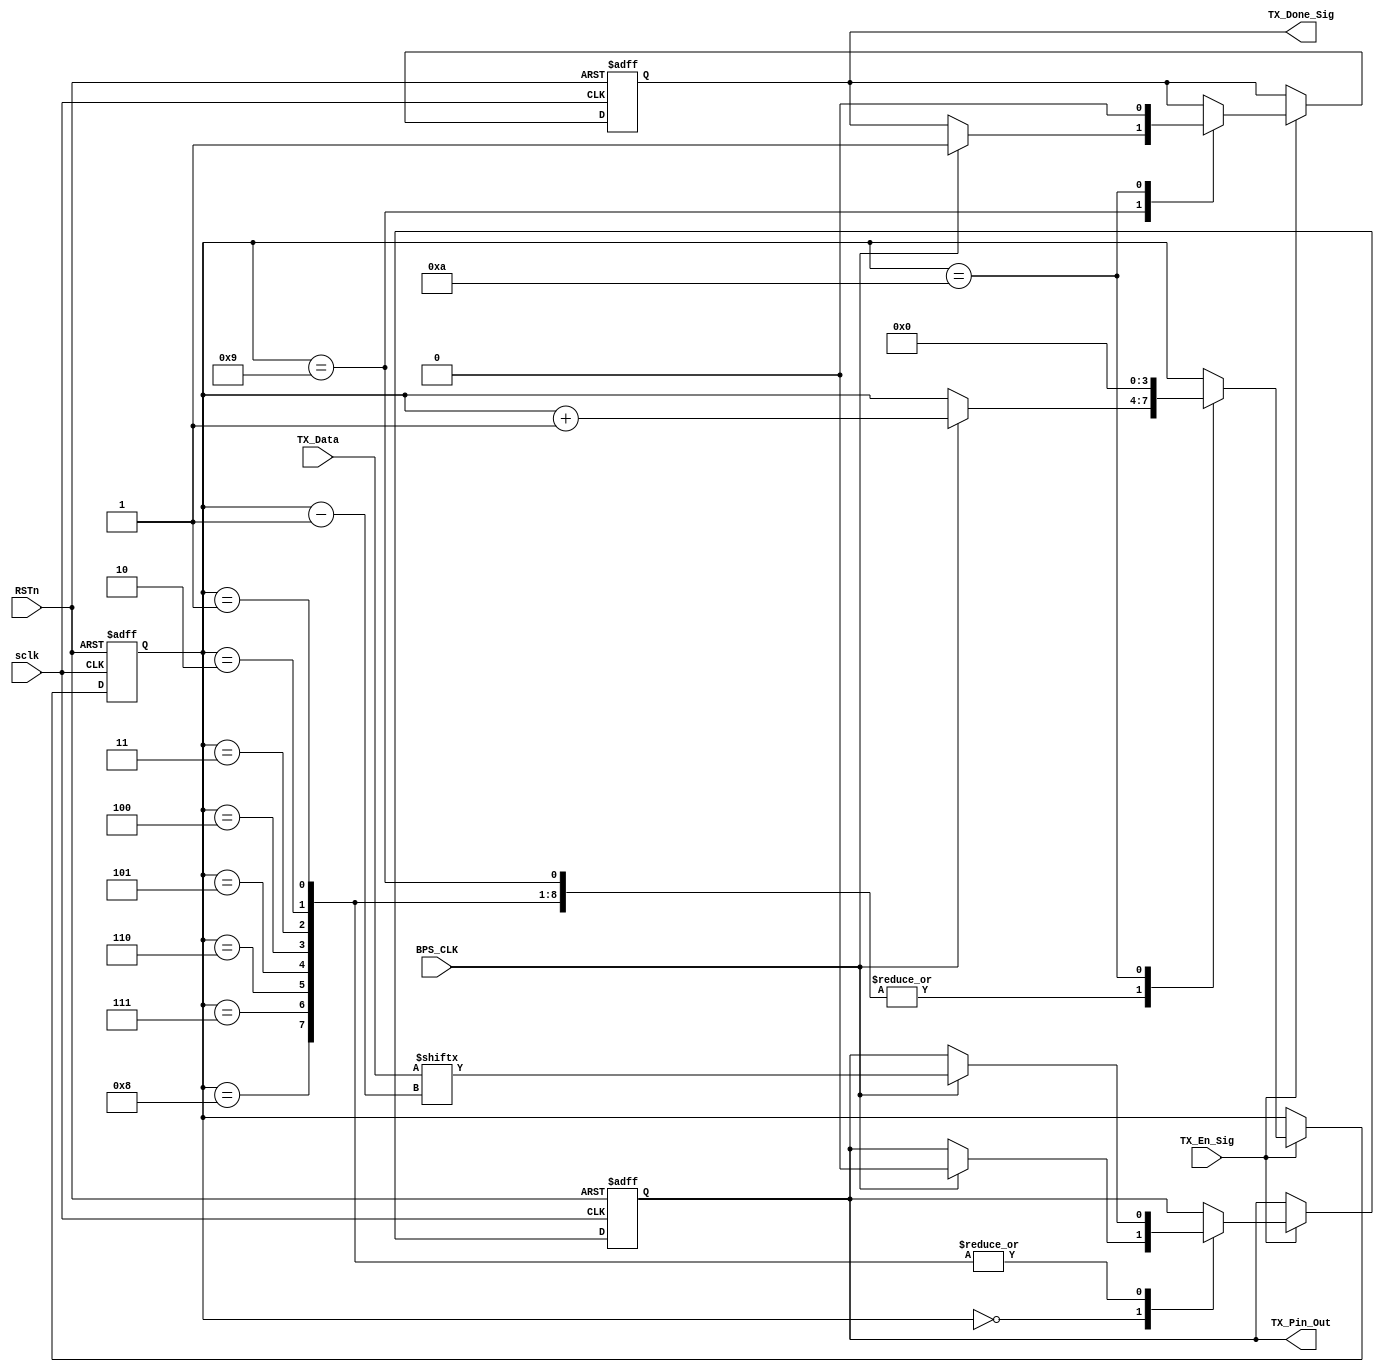
`timescale 1ns / 1ps
//////////////////////////////////////////////////////////////////////////////////
// Company: 
// Engineer: 
// 
// Design Name: 
// Module Name: tx_control_module
// Project Name: 
// Target Devices: 
// Tool Versions: 
// Description: 
// 
// Dependencies: 
// 
// Revision:
// Revision 0.01 - File Created
// Additional Comments:
// 
//////////////////////////////////////////////////////////////////////////////////


//sent 8bits
module tx_control_module
(
    sclk,
    RSTn,
    TX_En_Sig, 
    TX_Data, 
    BPS_CLK, 
    TX_Done_Sig, 
    TX_Pin_Out
     
);

    input sclk;
    input RSTn;
     
    input TX_En_Sig;
    input [7:0]TX_Data;
    input BPS_CLK;
     
    output TX_Done_Sig;
    output TX_Pin_Out;
     
     /********************************************************/

     reg [3:0]i;
     reg rTX;
     reg isDone;
    
     always @ ( posedge sclk or negedge RSTn )
         if( !RSTn )
              begin
                i           <= 4'd0;
                rTX         <= 1'b1;
                isDone      <= 1'b0;
                end
          else if( TX_En_Sig )
              case ( i )
                
                    4'd0 :
                     if( BPS_CLK ) begin i <= i + 1'b1; rTX <= 1'b0; end
                     
                    4'd1, 4'd2, 4'd3, 4'd4, 4'd5, 4'd6, 4'd7, 4'd8 :
                     if( BPS_CLK ) begin i <= i + 1'b1; rTX <= TX_Data[ i - 1 ]; end
                    4'd9 :
                    if( BPS_CLK ) begin i <= i + 1'b1; isDone <= 1'b1; end
                    4'd10 :
                     begin i <= 1'b0; isDone <= 1'b0; end
                    // 4'd9 :
                    //  if( BPS_CLK ) begin i <= i + 1'b1; rTX <= 1'b1; end
                                 
                    // 4'd10 :
                    //  if( BPS_CLK ) begin i <= i + 1'b1; rTX <= 1'b1; end
                     
                    // 4'd11 :
                    //  if( BPS_CLK ) begin i <= i + 1'b1; isDone <= 1'b1; end
                     
                    // 4'd12 :
                    //  begin i <= 1'b0; isDone <= 1'b0; end
                 
                endcase
                
    /********************************************************/
     
     assign TX_Pin_Out = rTX;
     assign TX_Done_Sig = isDone;
     
     /*********************************************************/
     
endmodule